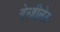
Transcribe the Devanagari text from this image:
बेन्ज़ीलेट